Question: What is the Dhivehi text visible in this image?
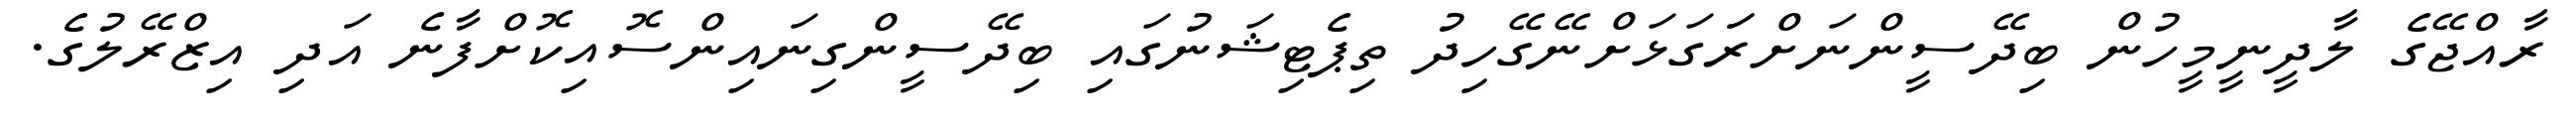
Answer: ރާއްޖޭގެ ލާދީނީމީހުން ބިދޭސީންނަށްރަަގަޅަށްނޭގޭހިދު ތިޕެޓިޝަނުގައި ބިދޭސީންގިނައިންސޮއިކޮށްފާނެ އަދި އިޒްރޭލުގެ.